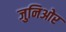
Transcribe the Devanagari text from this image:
जुनिओर